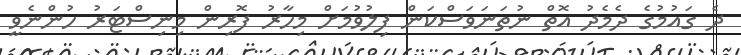
ދެ ގައުމުގެ ދެމެދު އޮތް ނުތަނަވަސްކަން ފިލުވުމަށް މިހާރު ފޮރިން މިނިސްޓަރު ހުންނެވީ